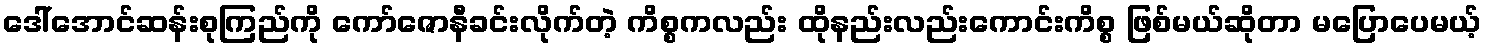
ဒေါ်အောင်ဆန်းစုကြည်ကို ကော်ဇောနီခင်းလိုက်တဲ့ ကိစ္စကလည်း ထိုနည်းလည်းကောင်းကိစ္စ ဖြစ်မယ်ဆိုတာ မပြောပေမယ့်